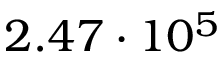
2 . 4 7 \cdot 1 0 ^ { 5 }